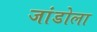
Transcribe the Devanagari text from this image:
जांडोला